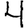
Digit: 4